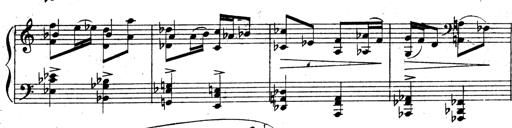
Title: 3 Sonatinas for Piano
Composer: Vissarion Shebalin